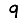
Digit: 9